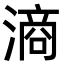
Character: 滳